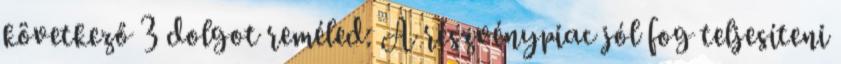
következő 3 dolgot reméled: A részvénypiac jól fog teljesíteni